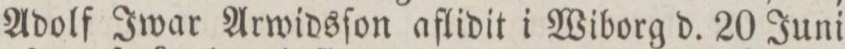
Adolf Iwar Arwidsſon aflidit i Wiborg d. 20 Juni